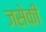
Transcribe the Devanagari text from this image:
जसेकी